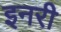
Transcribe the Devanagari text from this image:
इनरी